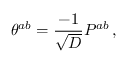
\theta ^ { a b } = { \frac { - 1 } { \sqrt { \cal D } } } P ^ { a b } \, ,